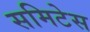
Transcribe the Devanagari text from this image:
समिटेस